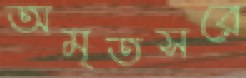
অমৃতসরে